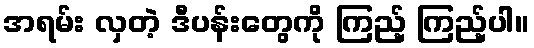
အရမ်း လှတဲ့ ဒီပန်းတွေကို ကြည့် ကြည့်ပါ။